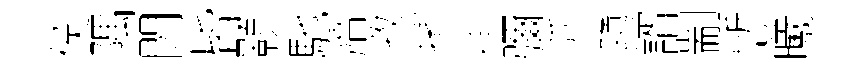
侯隅閃皆顥馳牆孜擯徐彌阡隳諝剬慙曦